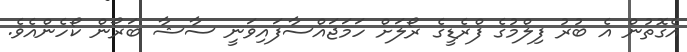
އެގޮތުން އެ ބުރު ފިލްމުގެ ފްރެޑީގެ ރޯލަށް ހަމަޖައްސާފައިވަނީ ސާޝާ ބަރޯން ކޯހެންއެވެ.